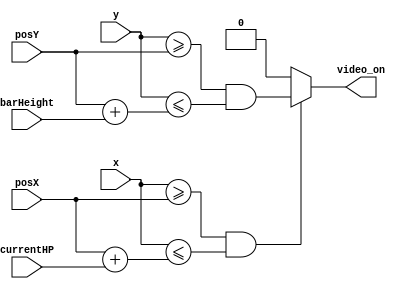
`timescale 1ns / 1ps

module hpRenderer(
    output reg video_on,
    input [31:0] x,
    input [31:0] y,
    input [31:0] posX, // 80
    input [31:0] posY,
    input [31:0] barHeight, // 20
    input [31:0] currentHP // 0 - 480
);
    
    always @(x or y or posX or posY or currentHP or barHeight)
    begin
        if (x >= posX && x <= posX + currentHP)
            video_on = y >= posY && y <= posY + barHeight;
        else video_on = 0;
    end
endmodule